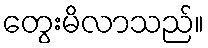
တွေးမိလာသည်။